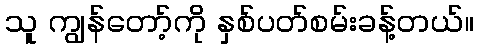
သူ ကျွန်တော့်ကို နှစ်ပတ်စမ်းခန့်တယ်။